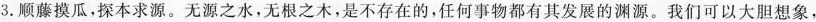
3.顺藤摸瓜，探本求源。无源之水，无根之木，是不存在的，任何事物都有其发展的渊源。我们可以大胆想象，